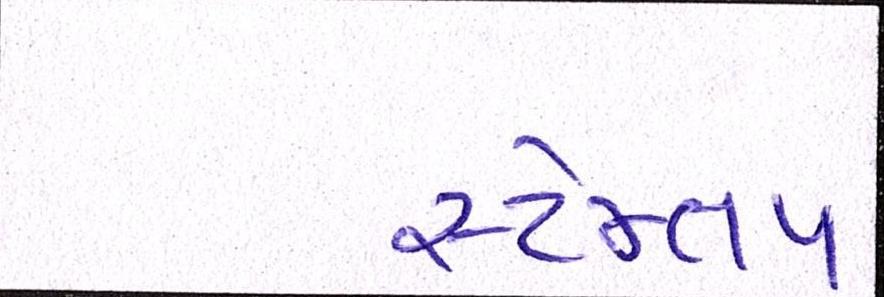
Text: સ્ટેમ્તપ